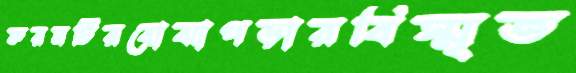
ফরমটিরবোঝাপড়ারবিস্মৃত